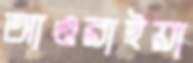
আওরাইয়া